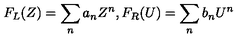
F _ { L } ( Z ) = \sum _ { n } a _ { n } Z ^ { n } , F _ { R } ( U ) = \sum _ { n } b _ { n } U ^ { n }